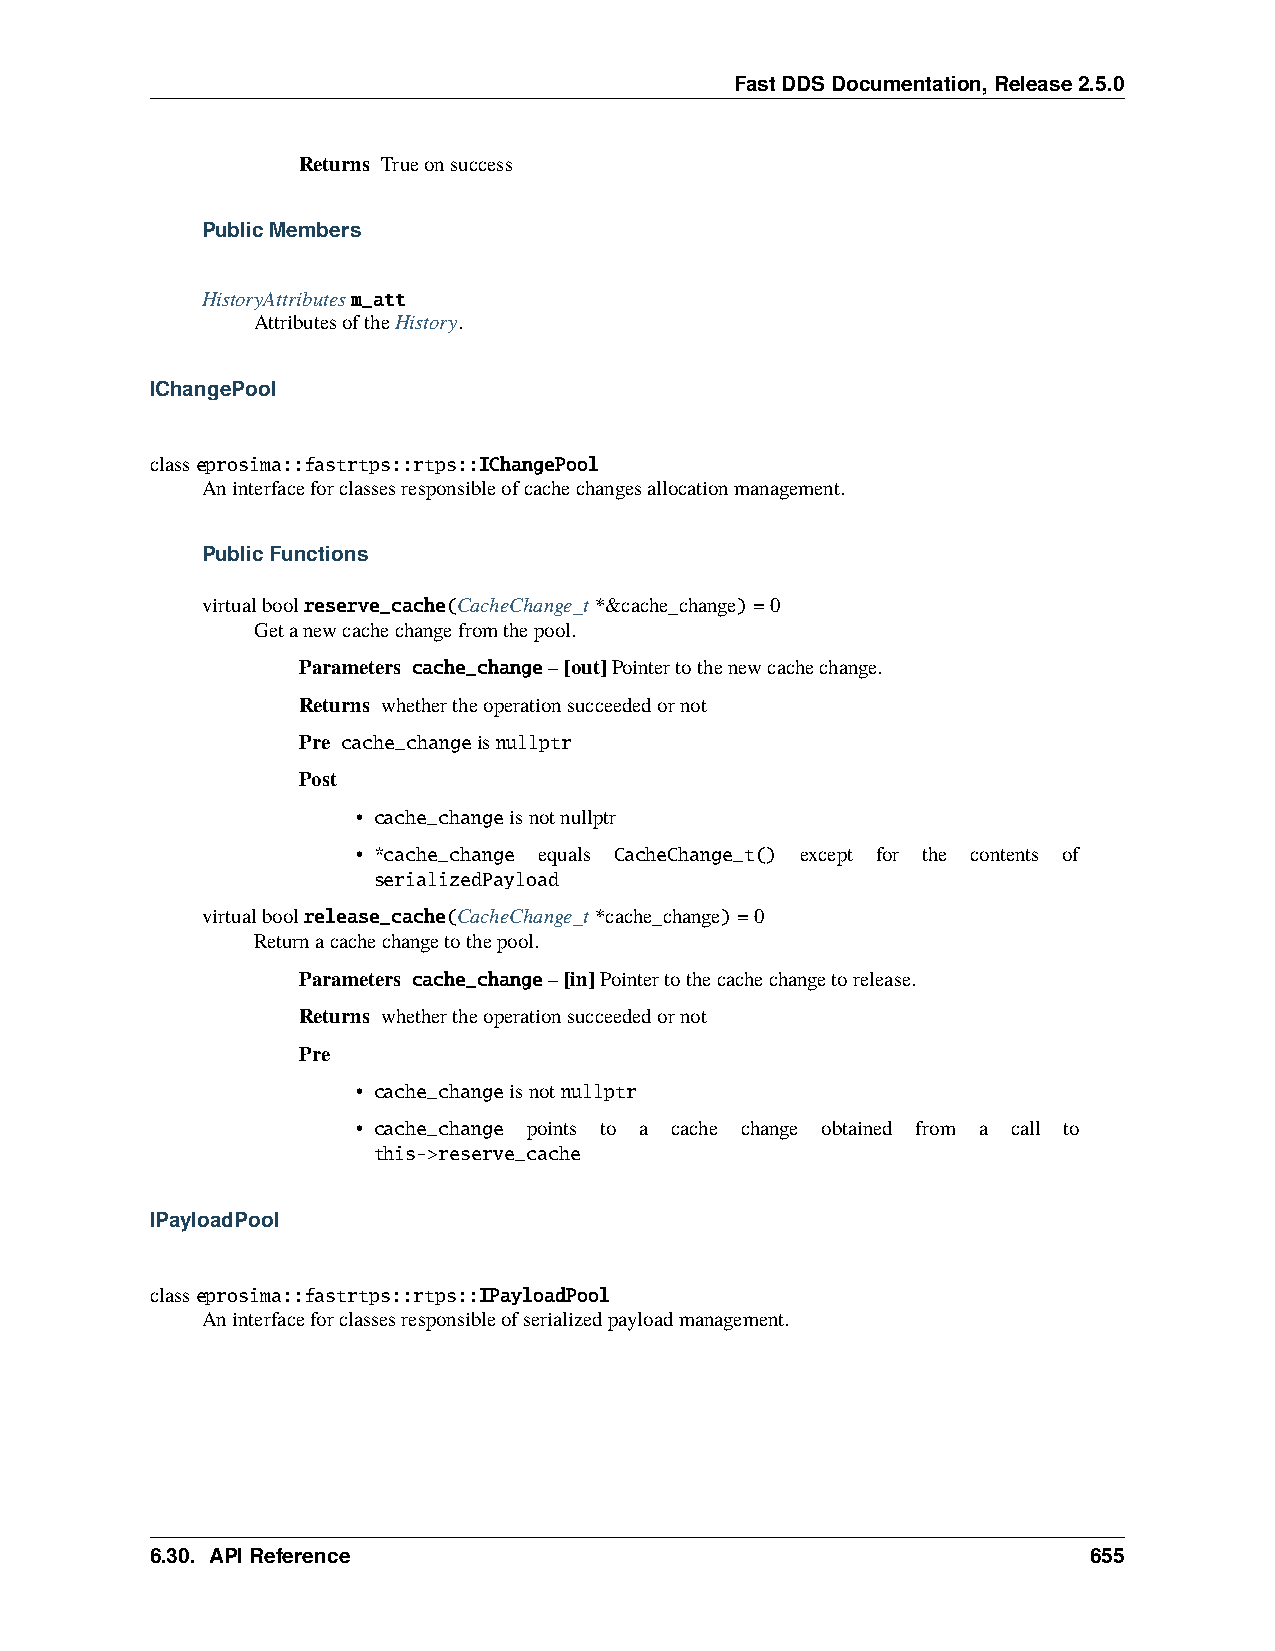
FastDDSDocumentation,Release2.5.0
 Returns Trueonsuccess
 PublicMembers
 HistoryAttributesm_att
 AttributesoftheHistory.
 IChangePool
 classeprosima::fastrtps::rtps::IChangePool
 Aninterfaceforclassesresponsibleofcachechangesallocationmanagement.
 PublicFunctions
 virtualboolreserve_cache(CacheChange_t*&cache_change)=0
 Getanewcachechangefromthepool.
 Parameters cache_change–[out]Pointertothenewcachechange.
 Returns whethertheoperationsucceededornot
 Pre cache_changeisnullptr
 Post
 • cache_changeisnotnullptr
 • *cache_change equals CacheChange_t() except for the contents of
 serializedPayload
 virtualboolrelease_cache(CacheChange_t*cache_change)=0
 Returnacachechangetothepool.
 Parameters cache_change–[in]Pointertothecachechangetorelease.
 Returns whethertheoperationsucceededornot
 Pre
 • cache_changeisnotnullptr
 • cache_change points to a cache change obtained from a call to
 this->reserve_cache
 IPayloadPool
 classeprosima::fastrtps::rtps::IPayloadPool
 Aninterfaceforclassesresponsibleofserializedpayloadmanagement.
 6.30. APIReference                                            655